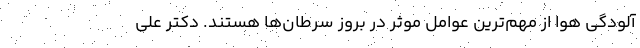
آلودگی هوا از مهم‌ترین عوامل موثر در بروز سرطان‌ها هستند. دکتر علی